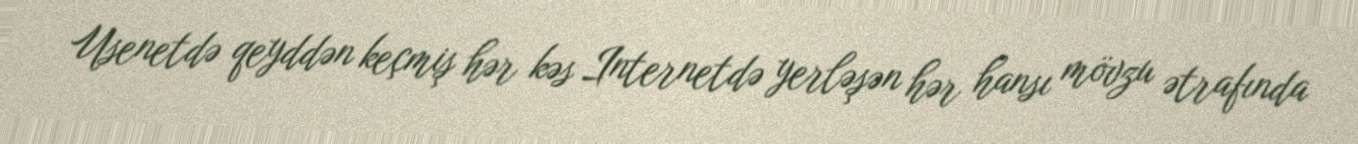
Usenetdə qeyddən keçmiş hər kəs Internetdə yerləşən hər hansı mövzu ətrafında